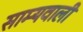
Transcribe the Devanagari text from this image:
साम्यवाली